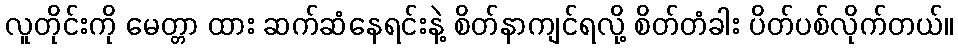
လူတိုင်းကို မေတ္တာ ထား ဆက်ဆံနေရင်းနဲ့ စိတ်နာကျင်ရလို့ စိတ်တံခါး ပိတ်ပစ်လိုက်တယ်။